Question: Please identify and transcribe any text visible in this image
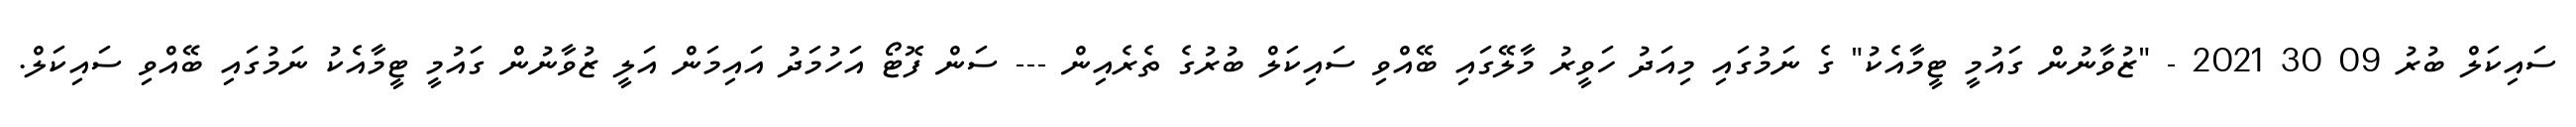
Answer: ސައިކަލް ބުރު 09 30 2021 - "ޒުވާނުން ގައުމީ ޓީމާއެކު" ގެ ނަމުގައި މިއަދު ހަވީރު މާލޭގައި ބޭއްވި ސައިކަލް ބުރުގެ ތެރެއިން --- ސަން ފޮޓޯ އަހުމަދު އައިމަން އަލީ ޒުވާނުން ގައުމީ ޓީމާއެކު ނަމުގައި ބޭއްވި ސައިކަލް.